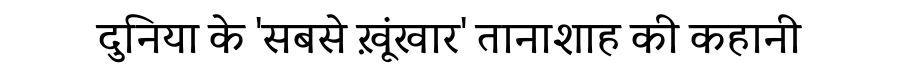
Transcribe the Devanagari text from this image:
दुनिया के 'सबसे ख़ूंखार' तानाशाह की कहानी